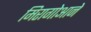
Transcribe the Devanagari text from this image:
मिरागोआने